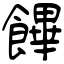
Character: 饆